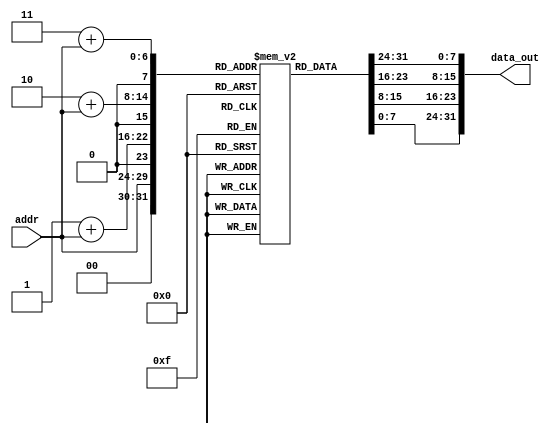
module InstMem (input [5:0] addr , output [31:0] data_out);
 reg [7:0] mem [0:255];
 assign data_out ={mem[3+addr],mem[2+addr],mem[1+addr], mem[addr]};
 initial begin
//  {mem[3],mem[2],mem[1],mem[0]}=
{mem[3],mem[2],mem[1],mem[0]}     =32'b0000000_00000_00000_000_00000_0110011 ; //add x0, x0, x0                          
{mem[7],mem[6],mem[5],mem[4]}  =32'b000000000000_00000_010_00001_0000011 ; //lw x1, 0(x0) x1=17                         
{mem[11],mem[10],mem[9],mem[8]}    =32'b000000000100_00000_010_00010_0000011 ; //lw x2, 4(x0) x2=9                          
{mem[15],mem[14],mem[13],mem[12]}  =32'b000000001000_00000_010_00011_0000011 ; //lw x3, 8(x0) x3=25                      
{mem[19],mem[18],mem[17],mem[16]}   =32'b0000000_00010_00001_110_00100_0110011 ; //or x4, x1, x2 x4=25                  
{mem[23],mem[22],mem[21],mem[20]}   =32'b0_000000_00011_00100_000_0100_0_1100011 ; //beq x4, x3, L               
{mem[27],mem[26],mem[25],mem[24]}  =32'b0000000_00010_00001_000_00011_0110011 ; //add x3, x1, x2                
{mem[31],mem[30],mem[29],mem[28]}  =32'b0000000_00010_00011_000_00101_0110011 ; //L: add x5,x3,x2 x5=34         
{mem[35],mem[34],mem[33],mem[32]}   =32'b0000000_00101_00000_010_01100_0100011; //sw x5, 12(x0) mem[3]=34        
{mem[39],mem[38],mem[37],mem[36]}   =32'b000000001100_00000_010_00110_0000011 ; //lw x6, 12(x0) x6=34            
{mem[43],mem[42],mem[41],mem[40]}   =32'b0000000_00001_00110_111_00111_0110011 ; //and x7, x6, x1 x7=0           
{mem[47],mem[46],mem[45],mem[44]}   =32'b0100000_00010_00001_000_01000_0110011 ; //sub x8, x1, x2 x8=8           
{mem[51],mem[50],mem[49],mem[48]}   =32'b0000000_00010_00001_000_00000_0110011 ; //add x0, x1, x2 x0=0           
{mem[55],mem[54],mem[53],mem[52]} =32'b0000000_00001_00000_000_01001_0110011 ; //add x9, x0, x1 x9=17  
//{mem[59],mem[58],mem[57],mem[56]} 
//{mem[63],mem[62],mem[61],mem[60]}
//{mem[67],mem[66],mem[65],mem[64]} 
//{mem[71],mem[70],mem[69],mem[68]} 
//{mem[75],mem[74],mem[73],mem[72]}
//{mem[79],mem[78],mem[77],mem[76]}
//{mem[83],mem[82],mem[81],mem[80]}
//{mem[87],mem[86],mem[85],mem[84]}
//{mem[91],mem[90],mem[89],mem[88]}
//{mem[95],mem[94],mem[93],mem[92]}
//{mem[99],mem[98],mem[97],mem[96]}
//{mem[103],mem[102],mem[101],mem[100]}
//{mem[107],mem[106],mem[105],mem[104]}
//{mem[111],mem[110],mem[109],mem[108]}
//{mem[115],mem[114],mem[113],mem[112]}
//{mem[119],mem[118],mem[117],mem[116]}
end
endmodule